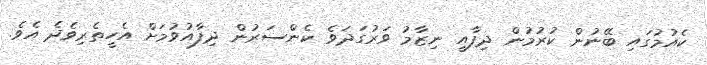
ކެއުމުގައި ބޭނުން ކުރުމުން ދިފާއީ ނިޒާމު ވަރުގަދަވެ ކެންސަރުން ދިފާއުވުމަށް އެހީތެރިވެދެ އެވެ.